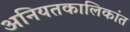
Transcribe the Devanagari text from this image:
अनियतकालिकांत